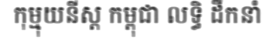
កុម្មុយនីស្ត កម្ពុជា លទ្ធិ ដឹកនាំ